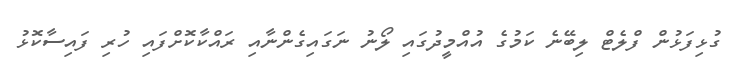
ގުޅިފަޅުން ފްލެޓް ލިބޭނެ ކަމުގެ އުއްމީދުގައި ލޯނު ނަގައިގެންނާއި ރައްކާކޮށްފައި ހުރި ފައިސާކޮޅު